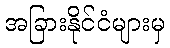
အခြားနိုင်ငံများမှ